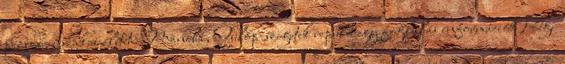
pezsgő, éjszakai életet Manila, Fülöp-szigetek repülőjegy foglalás információk Régi